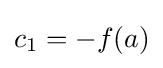
c_{1}=-f(a)